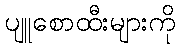
ပျူစောထီးများကို